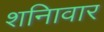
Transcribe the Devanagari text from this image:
शनिावार